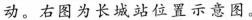
动。右图为长城站位置示意图。